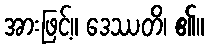
အားဖြင့်။ ဒေဿတိ၊ ၏။